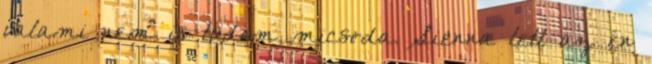
valami nem is tudom micsoda. Sienna lett az én